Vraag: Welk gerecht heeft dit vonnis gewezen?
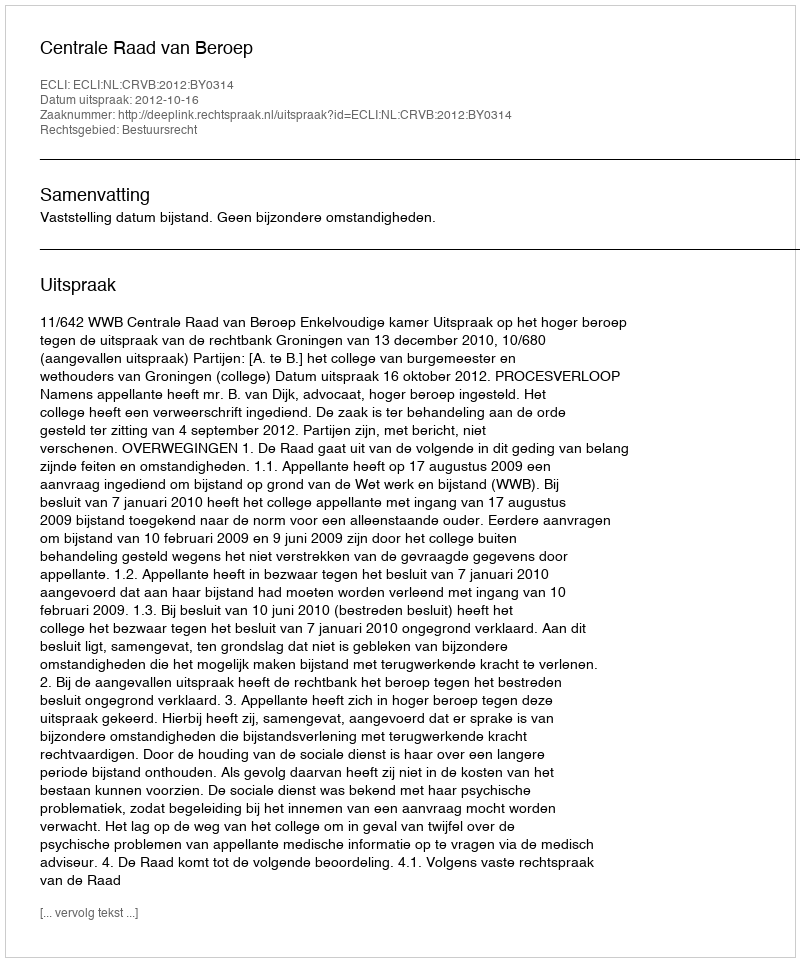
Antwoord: Centrale Raad van Beroep